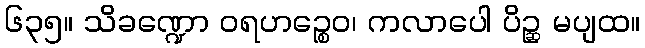
၆၃၅။ သိခဏ္ဍော ဝရဟဉ္စေဝ၊ ကလာပေါ ပိဉ္ဆ မပျထ။